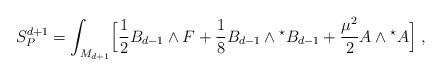
LaTeX: \begin{align*}S_{P}^{d+1}=\int_{M_{d+1}}\Bigl[{1\over 2}B_{d-1} \wedge F+{1 \over 8}B_{d-1} \wedge{}^{\star}B_{d-1}+{\mu^2 \over 2}A \wedge{}^{\star}A\Bigl] \;,\end{align*}